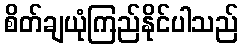
စိတ်ချယုံကြည်နိုင်ပါသည်